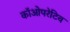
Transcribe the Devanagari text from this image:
कॉओपरेटिव